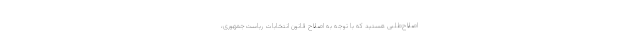
اصلاح‌طلبی هستید که با توجه به اصلاح قانون انتخابات ریاست‌جمهوری،